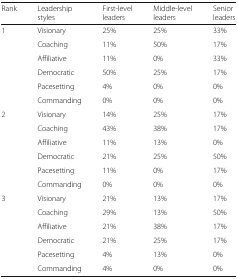
<table><thead><tr><td><b>Rank</b></td><td><b>Leadership styles</b></td><td><b>First-level leaders</b></td><td><b>Middle-level leaders</b></td><td><b>Senior leaders</b></td></tr></thead><tbody><tr><td rowspan="6">1</td><td>Visionary</td><td>25%</td><td>25%</td><td>33%</td></tr><tr><td>Coaching</td><td>11%</td><td>50%</td><td>17%</td></tr><tr><td>Affiliative</td><td>11%</td><td>0%</td><td>33%</td></tr><tr><td>Democratic</td><td>50%</td><td>25%</td><td>17%</td></tr><tr><td>Pacesetting</td><td>4%</td><td>0%</td><td>0%</td></tr><tr><td>Commanding</td><td>0%</td><td>0%</td><td>0%</td></tr><tr><td rowspan="6">2</td><td>Visionary</td><td>14%</td><td>25%</td><td>17%</td></tr><tr><td>Coaching</td><td>43%</td><td>38%</td><td>17%</td></tr><tr><td>Affiliative</td><td>11%</td><td>13%</td><td>0%</td></tr><tr><td>Democratic</td><td>21%</td><td>25%</td><td>50%</td></tr><tr><td>Pacesetting</td><td>11%</td><td>0%</td><td>17%</td></tr><tr><td>Commanding</td><td>0%</td><td>0%</td><td>0%</td></tr><tr><td rowspan="6">3</td><td>Visionary</td><td>21%</td><td>13%</td><td>17%</td></tr><tr><td>Coaching</td><td>29%</td><td>13%</td><td>50%</td></tr><tr><td>Affiliative</td><td>21%</td><td>38%</td><td>17%</td></tr><tr><td>Democratic</td><td>21%</td><td>25%</td><td>17%</td></tr><tr><td>Pacesetting</td><td>4%</td><td>13%</td><td>0%</td></tr><tr><td>Commanding</td><td>4%</td><td>0%</td><td>0%</td></tr></tbody></table>